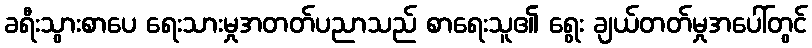
ခရီးသွားစာပေ ရေးသားမှုအတတ်ပညာသည် စာရေးသူ၏ ရွေး ချယ်တတ်မှုအပေါ်တွင်